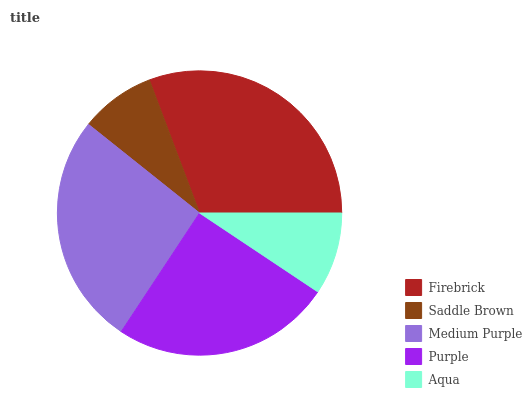
| Firebrick | Saddle Brown | Medium Purple | Purple | Aqua |
 | --- | --- | --- | --- | --- |
 | 30.7% | 8.53% | 26.4% | 25% | 9.36% |